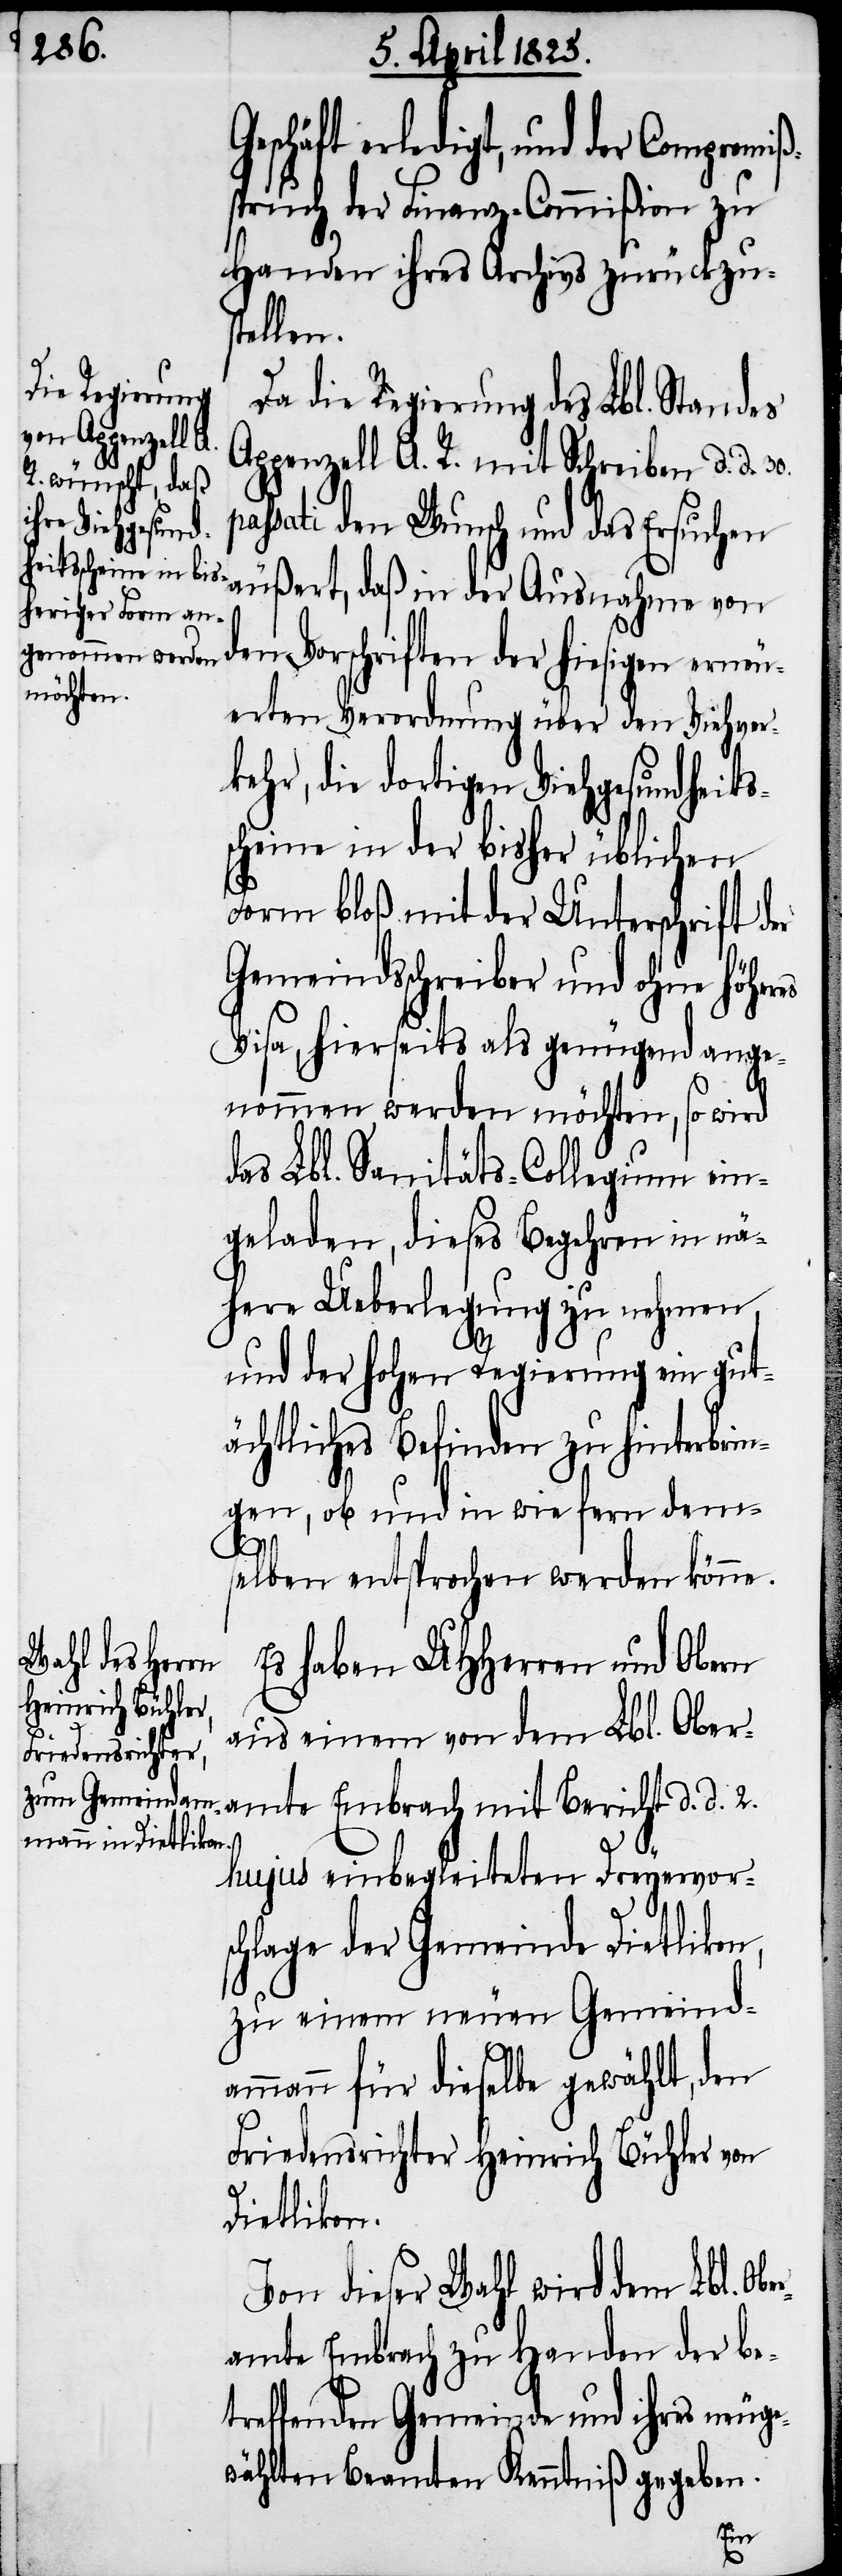
eschäft erledigt, und der Compromi¬
spruch der Finanz-Commißion zu
Handen ihres Archivs zurückzus¬
tellen.
Da die Regierung des Lbl. Standes
Appenzell A. R. mit Schreiben d. d. 30.
sati den Wunsch und das Ersuchen
äußert, daß in der Ausnahme von
den Vorschriften der hiesigen erneu¬
erten Verordnung über den Viehver¬
kehr, die dortigen Viehgesundheits¬
scheine in der bisher üblichen
Form bloß mit der Unterschrift der
Gemeindsschreiber und ohne höher¬
Visa, hierseits als genügend ange¬
nommen werden möchten, so wird
das Lbl. Sanitäts-Collegium ein¬
geladen, dieses Begehren in nä¬
here Ueberlegung zu nehmen
und der hohen Regierung ein gut¬
ächtliches Befinden zu hinterbrin¬
gen, ob und in wie fern dem¬
er¬
selben entsprochen werden könne.
Es haben UHHerren und Obern
ß¬
aus einem von dem Lbl. Ober¬
amte Embrach mit Bericht d. d. 2.
hujus einbegleiteten Dreyervors¬
chlage der Gemeinde Dietlikon,
zu einem neuen Gemeind¬
ammann für dieselbe gewählt, den
Friedensrichter Heinrich Bühler von
Dietlikon.
Von dieser Wahl wird dem Lbl. Ob¬
amte Embrach zu Handen der be¬
treffenden Gemeinde und ihres neuge¬
wählten Beamten Kenntniß gegeben.